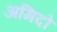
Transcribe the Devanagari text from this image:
अमिदो